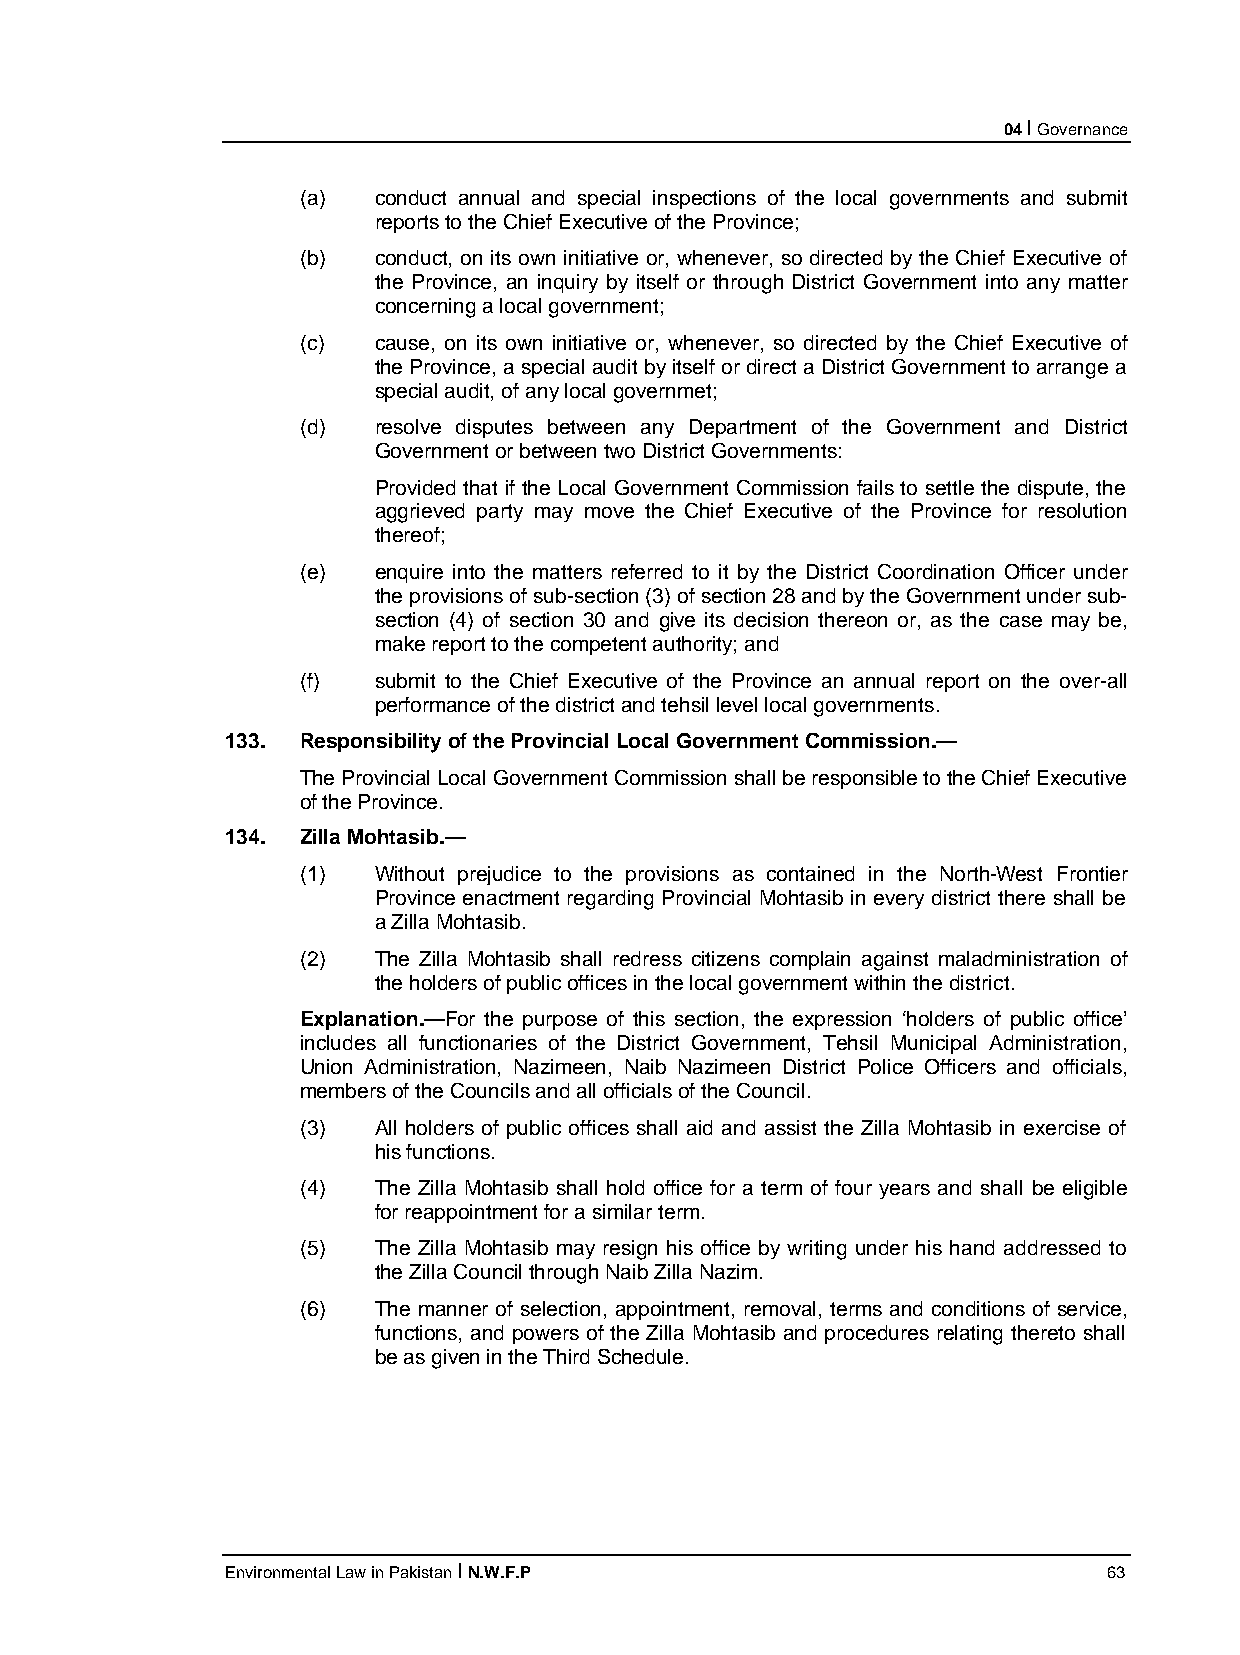
04 I Governance
 (a)  conduct annual and special inspections of the local governments and submit
 reports to the Chief Executive of the Province;
 (b)  conduct, on its own initiative or, whenever, so directed by the Chief Executive of
 the Province, an inquiry by itself or through District Government into any matter
 concerning a local government;
 (c)  cause, on its own initiative or, whenever, so directed by the Chief Executive of
 the Province, a special audit by itself or direct a District Government to arrange a
 special audit, of any local governmet;
 (d)  resolve disputes between any Department of the Government and District
 Government or between two District Governments:
 Provided that if the Local Government Commission fails to settle the dispute, the
 aggrieved party may move the Chief Executive of the Province for resolution
 thereof;
 (e)  enquire into the matters referred to it by the District Coordination Officer under
 the provisions of sub-section (3) of section 28 and by the Government under sub-
 section (4) of section 30 and give its decision thereon or, as the case may be,
 make report to the competent authority; and
 (f)  submit to the Chief Executive of the Province an annual report on the over-all
 performance of the district and tehsil level local governments.
 133. Responsibility of the Provincial Local Government Commission.—
 The Provincial Local Government Commission shall be responsible to the Chief Executive
 of the Province.
 134. Zilla Mohtasib.—
 (1)  Without prejudice to the provisions as contained in the North-West Frontier
 Province enactment regarding Provincial Mohtasib in every district there shall be
 a Zilla Mohtasib.
 (2)  The Zilla Mohtasib shall redress citizens complain against maladministration of
 the holders of public offices in the local government within the district.
 Explanation.—For the purpose of this section, the expression ‘holders of public office’
 includes all functionaries of the District Government, Tehsil Municipal Administration,
 Union Administration, Nazimeen, Naib Nazimeen District Police Officers and officials,
 members of the Councils and all officials of the Council.
 (3)  All holders of public offices shall aid and assist the Zilla Mohtasib in exercise of
 his functions.
 (4)  The Zilla Mohtasib shall hold office for a term of four years and shall be eligible
 for reappointment for a similar term.
 (5)  The Zilla Mohtasib may resign his office by writing under his hand addressed to
 the Zilla Council through Naib Zilla Nazim.
 (6)  The manner of selection, appointment, removal, terms and conditions of service,
 functions, and powers of the Zilla Mohtasib and procedures relating thereto shall
 be as given in the Third Schedule.
 Environmental Law in Pakistan I N.W.F.P                   63